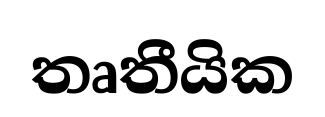
තෘතීයික